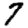
Digit: 7